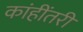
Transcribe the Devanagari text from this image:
कांहींतरी